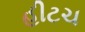
હીટચ